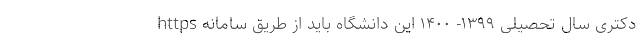
دکتری سال تحصیلی ۱۳۹۹- ۱۴۰۰ این دانشگاه باید از طریق سامانه https